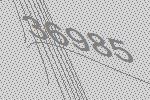
36985